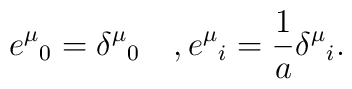
e^\mu{}_0 =\delta^\mu{}_0 \quad ,  e^\mu{}_i=\frac{1}{a}\delta^\mu{}_i.